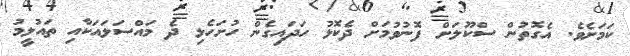
ކަމަށެވެ. އެގޮތުން ސްކޫލަށް ފޮނުވުމަށް ދެކޮޅު ހަދައިގެން ހުށަހެޅި ދެ މައްސަލައަކާއި ތައުލީމު